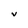
Character: V